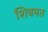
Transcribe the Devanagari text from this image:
शिवमत